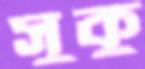
সুকু